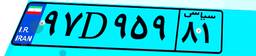
۲۵D۰۹۳۸۳